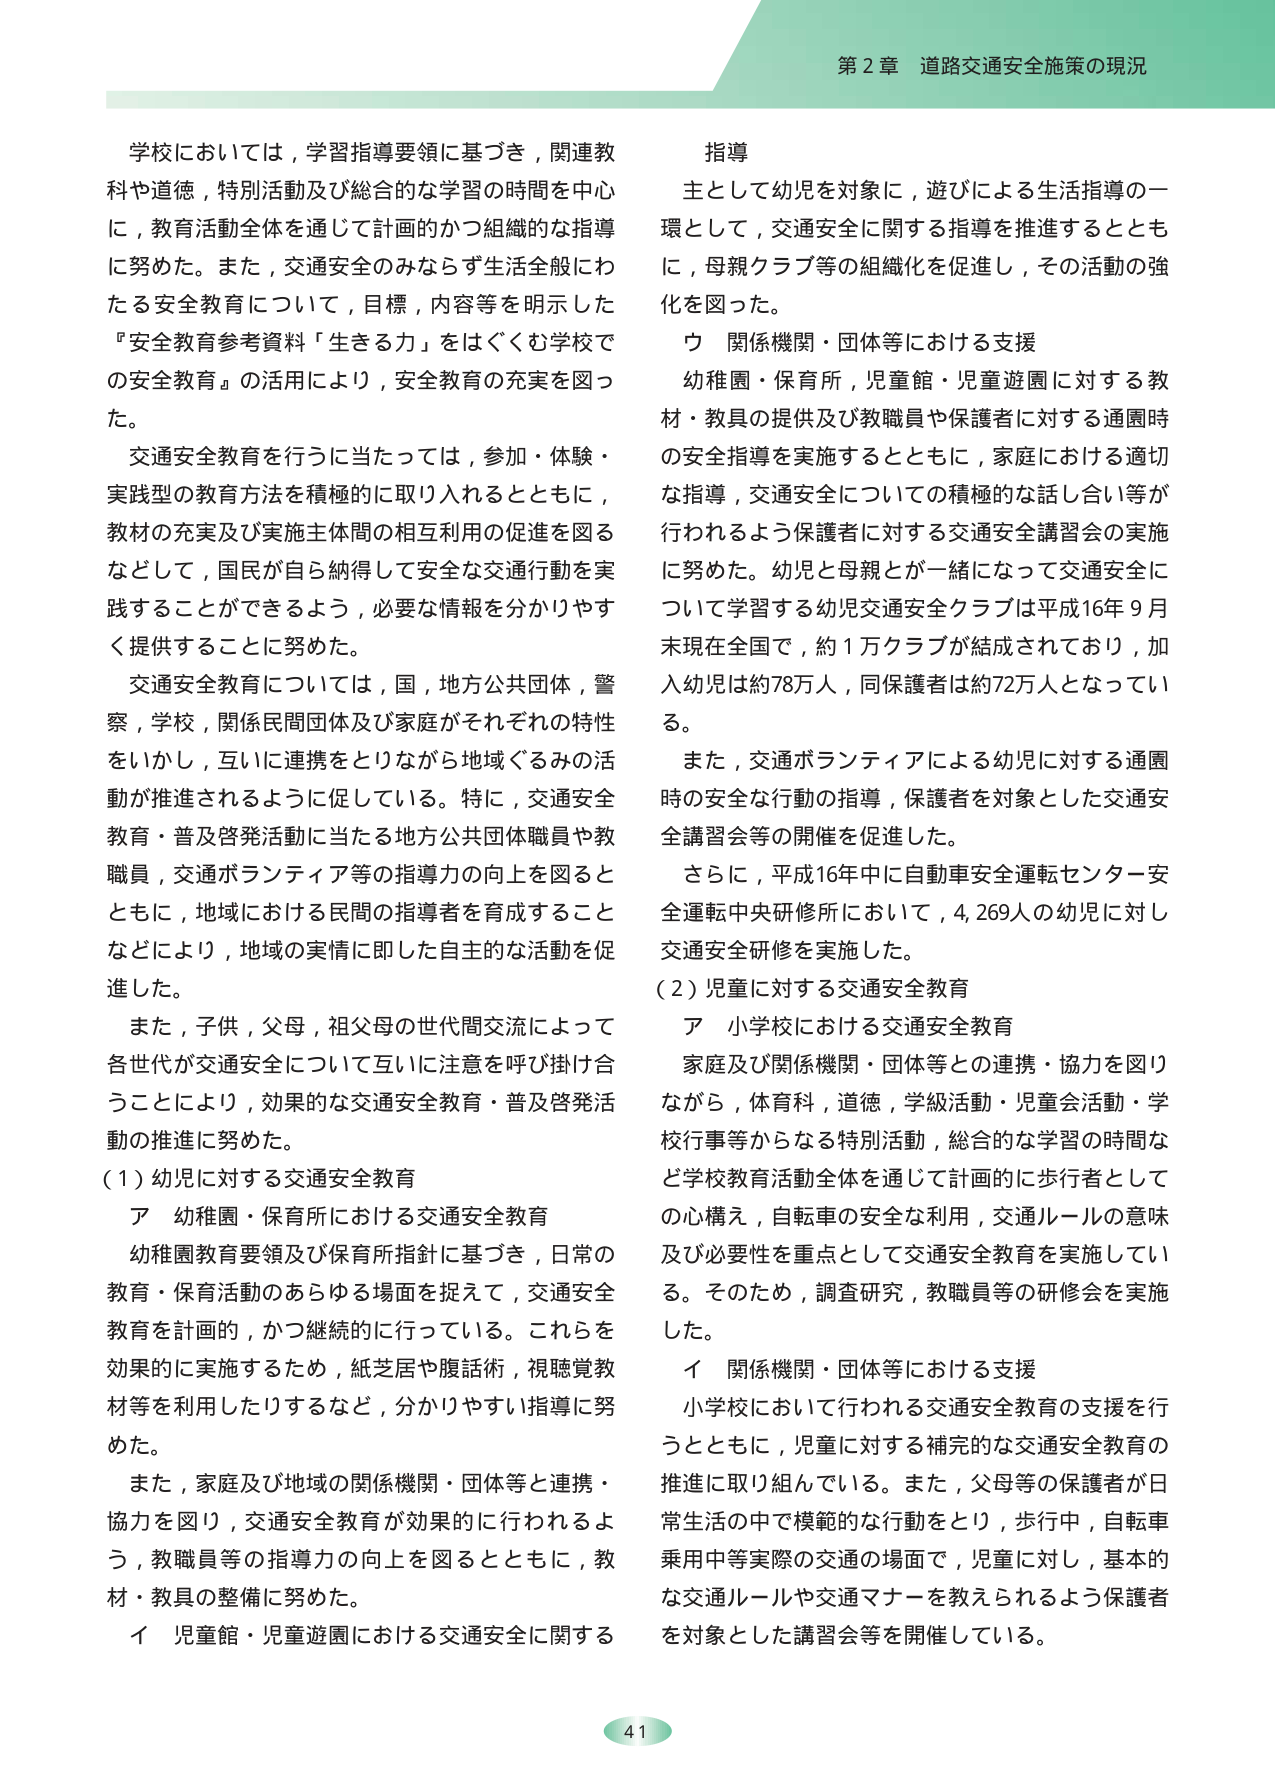
第２章 道路交通安全施策の現況

学校においては，学習指導要領に基づき，関連教科や道徳，特別活動及び総合的な学習の時間を中心に，教育活動全体を通じて計画的かつ組織的な指導に努めた。また，交通安全のみならず生活全般にわたる安全教育について，目標，内容等を明示した『安全教育参考資料「生きる力」をはぐくむ学校での安全教育』の活用により，安全教育の充実を図った。

交通安全教育を行うに当たっては，参加・体験・実践型の教育方法を積極的に取り入れるとともに，教材の充実及び実施主体間の相互利用の促進を図るなどして，国民が自ら納得して安全な交通行動を実践することができるよう，必要な情報を分かりやすく提供することに努めた。

交通安全教育については，国，地方公共団体，警察，学校，関係民間団体及び家庭がそれぞれの特性をいかし，互いに連携をとりながら地域ぐるみの活動が推進されるように促している。特に，交通安全教育・普及啓発活動に当たる地方公共団体職員や教職員，交通ボランティア等の指導力の向上を図るとともに，地域における民間の指導者を育成することなどにより，地域の実情に即した自主的な活動を促進した。

また，子供，父母，祖父母の世代間交流によって各世代が交通安全について互いに注意を呼び掛け合うことにより，効果的な交通安全教育・普及啓発活動の推進に努めた。

（１）幼児に対する交通安全教育
ア 幼稚園・保育所における交通安全教育
幼稚園教育要領及び保育所指針に基づき，日常の教育・保育活動のあらゆる場面を捉えて，交通安全教育を計画的，かつ継続的に行っている。これらを効果的に実施するため，紙芝居や腹話術，視聴覚教材等を利用したりするなど，分かりやすい指導に努めた。

また，家庭及び地域の関係機関・団体等と連携・協力を図り，交通安全教育が効果的に行われるよう，教職員等の指導力の向上を図るとともに，教材・教具の整備に努めた。

イ 児童館・児童遊園における交通安全に関する指導
主として幼児を対象に，遊びによる生活指導の一環として，交通安全に関する指導を推進するとともに，母親クラブ等の組織化を促進し，その活動の強化を図った。

ウ 関係機関・団体等における支援
幼稚園・保育所，児童館・児童遊園に対する教材・教具の提供及び教職員や保護者に対する通園時の安全指導を実施するとともに，家庭における適切な指導，交通安全についての積極的な話し合い等が行われるよう保護者に対する交通安全講習会の実施に努めた。幼児と母親とが一緒になって交通安全について学習する幼児交通安全クラブは平成16年９月末現在全国で，約１万クラブが結成されており，加入幼児は約78万人，同保護者は約72万人となっている。

また，交通ボランティアによる幼児に対する通園時の安全な行動の指導，保護者を対象とした交通安全講習会等の開催を促進した。

さらに，平成16年中に自動車安全運転センター安全運転中央研修所において，4,269人の幼児に対し交通安全研修を実施した。

（２）児童に対する交通安全教育
ア 小学校における交通安全教育
家庭及び関係機関・団体等との連携・協力を図りながら，体育科，道徳，学級活動・児童会活動・学校行事等からなる特別活動，総合的な学習の時間など学校教育活動全体を通じて計画的に歩行者としての心構え，自転車の安全な利用，交通ルールの意味及び必要性を重点として交通安全教育を実施している。そのため，調査研究，教職員等の研修会を実施した。

イ 関係機関・団体等における支援
小学校において行われる交通安全教育の支援を行うとともに，児童に対する補完的な交通安全教育の推進に取り組んでいる。また，父母等の保護者が日常生活の中で模範的な行動をとり，歩行中，自転車乗用中等実際の交通の場面で，児童に対し，基本的な交通ルールや交通マナーを教えられるよう保護者を対象とした講習会等を開催している。

41